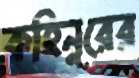
কহিনুরের